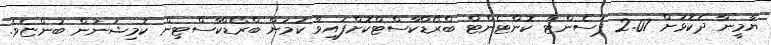
ޔާމީނާ ދެކޮޅަށް 2.07 ޕަސެންޓް ކޮންޓެންޓް ބްރޯޑްކާސްޓްކޮށްފައިވާ ކަމަށް ބްރޯޑްކާސްޓިން ކޮމިޝަނުން ބުންޏެވެ.